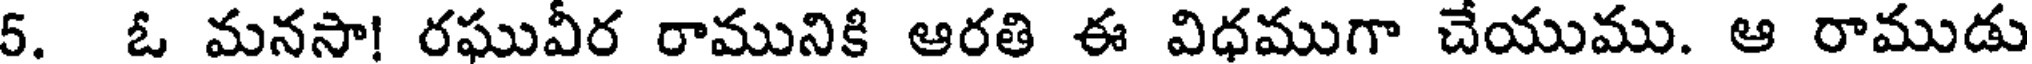
5. ఓ మనసా! రఘువీర రామునికి ఆరతి ఈ విధముగా చేయుము. ఆ రాముడు